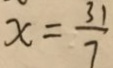
x = \frac { 3 1 } { 7 }